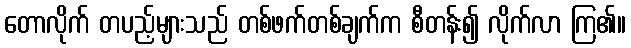
တောလိုက် တပည့်များသည် တစ်ဖက်တစ်ချက်က စီတန်း၍ လိုက်လာ ကြ၏။